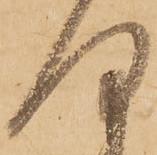
何